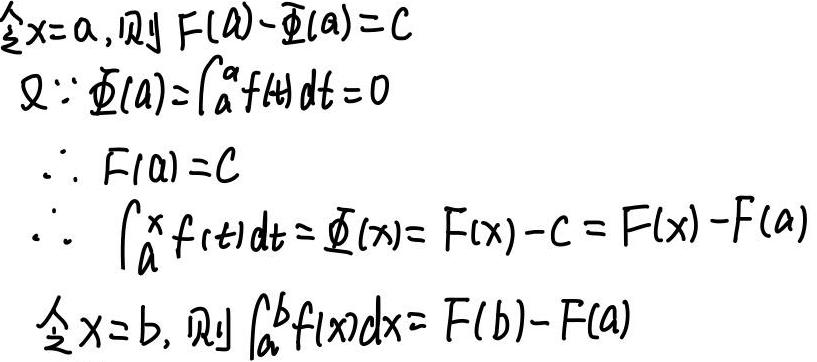
令\(x=a,\)则\(F(a)-\varPhi(a)=C\)\\
又\(\because\varPhi(a)=\int_{a}^{a}f(t)dt=0\)\\
\(\thereforeF(a)=C\)\\
\(\therefore\int_{a}^{x}f(t)dt=\varPhi(x)=F(x)-C=F(x)-F(a)\)\\
令\(x=b,\)则\(\int_{a}^{b}f(x)dx=F(b)-F(a)\)